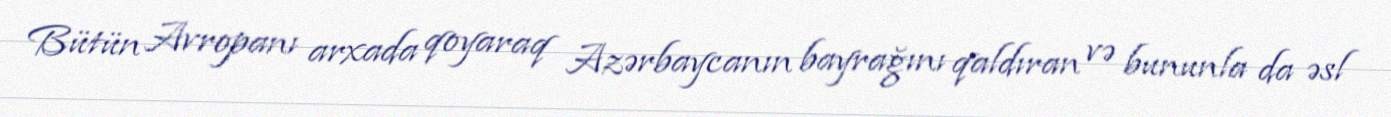
Bütün Avropanı arxada qoyaraq Azərbaycanın bayrağını qaldıran və bununla da əsl